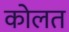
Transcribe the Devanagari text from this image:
कोलत